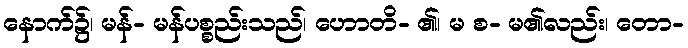
နောက်၌၊ မန်- မန်ပစ္စည်းသည်၊ ဟောတိ- ၏၊ မ စ- မ၏လည်း၊ တော-